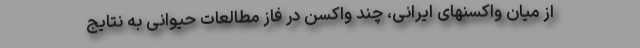
از میان واکسنهای ایرانی، چند واکسن در فاز مطالعات حیوانی به نتایج